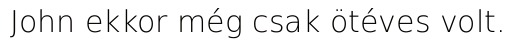
John ekkor még csak ötéves volt.